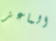
الماعز